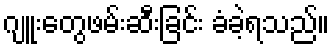
ဂျူးတွေဖမ်းဆီးခြင်း ခံခဲ့ရသည်။